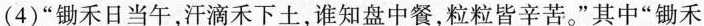
(4)”锄禾日当午，汗滴禾下土，谁知盘中餐，粒粒皆辛苦。”其中”锄禾